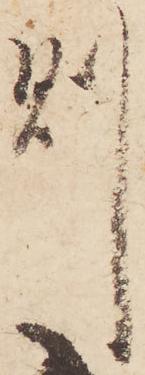
則